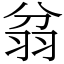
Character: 𦐈